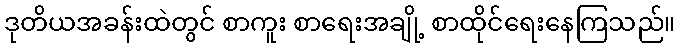
ဒုတိယအခန်းထဲတွင် စာကူး စာရေးအချို့ စာထိုင်ရေးနေကြသည်။